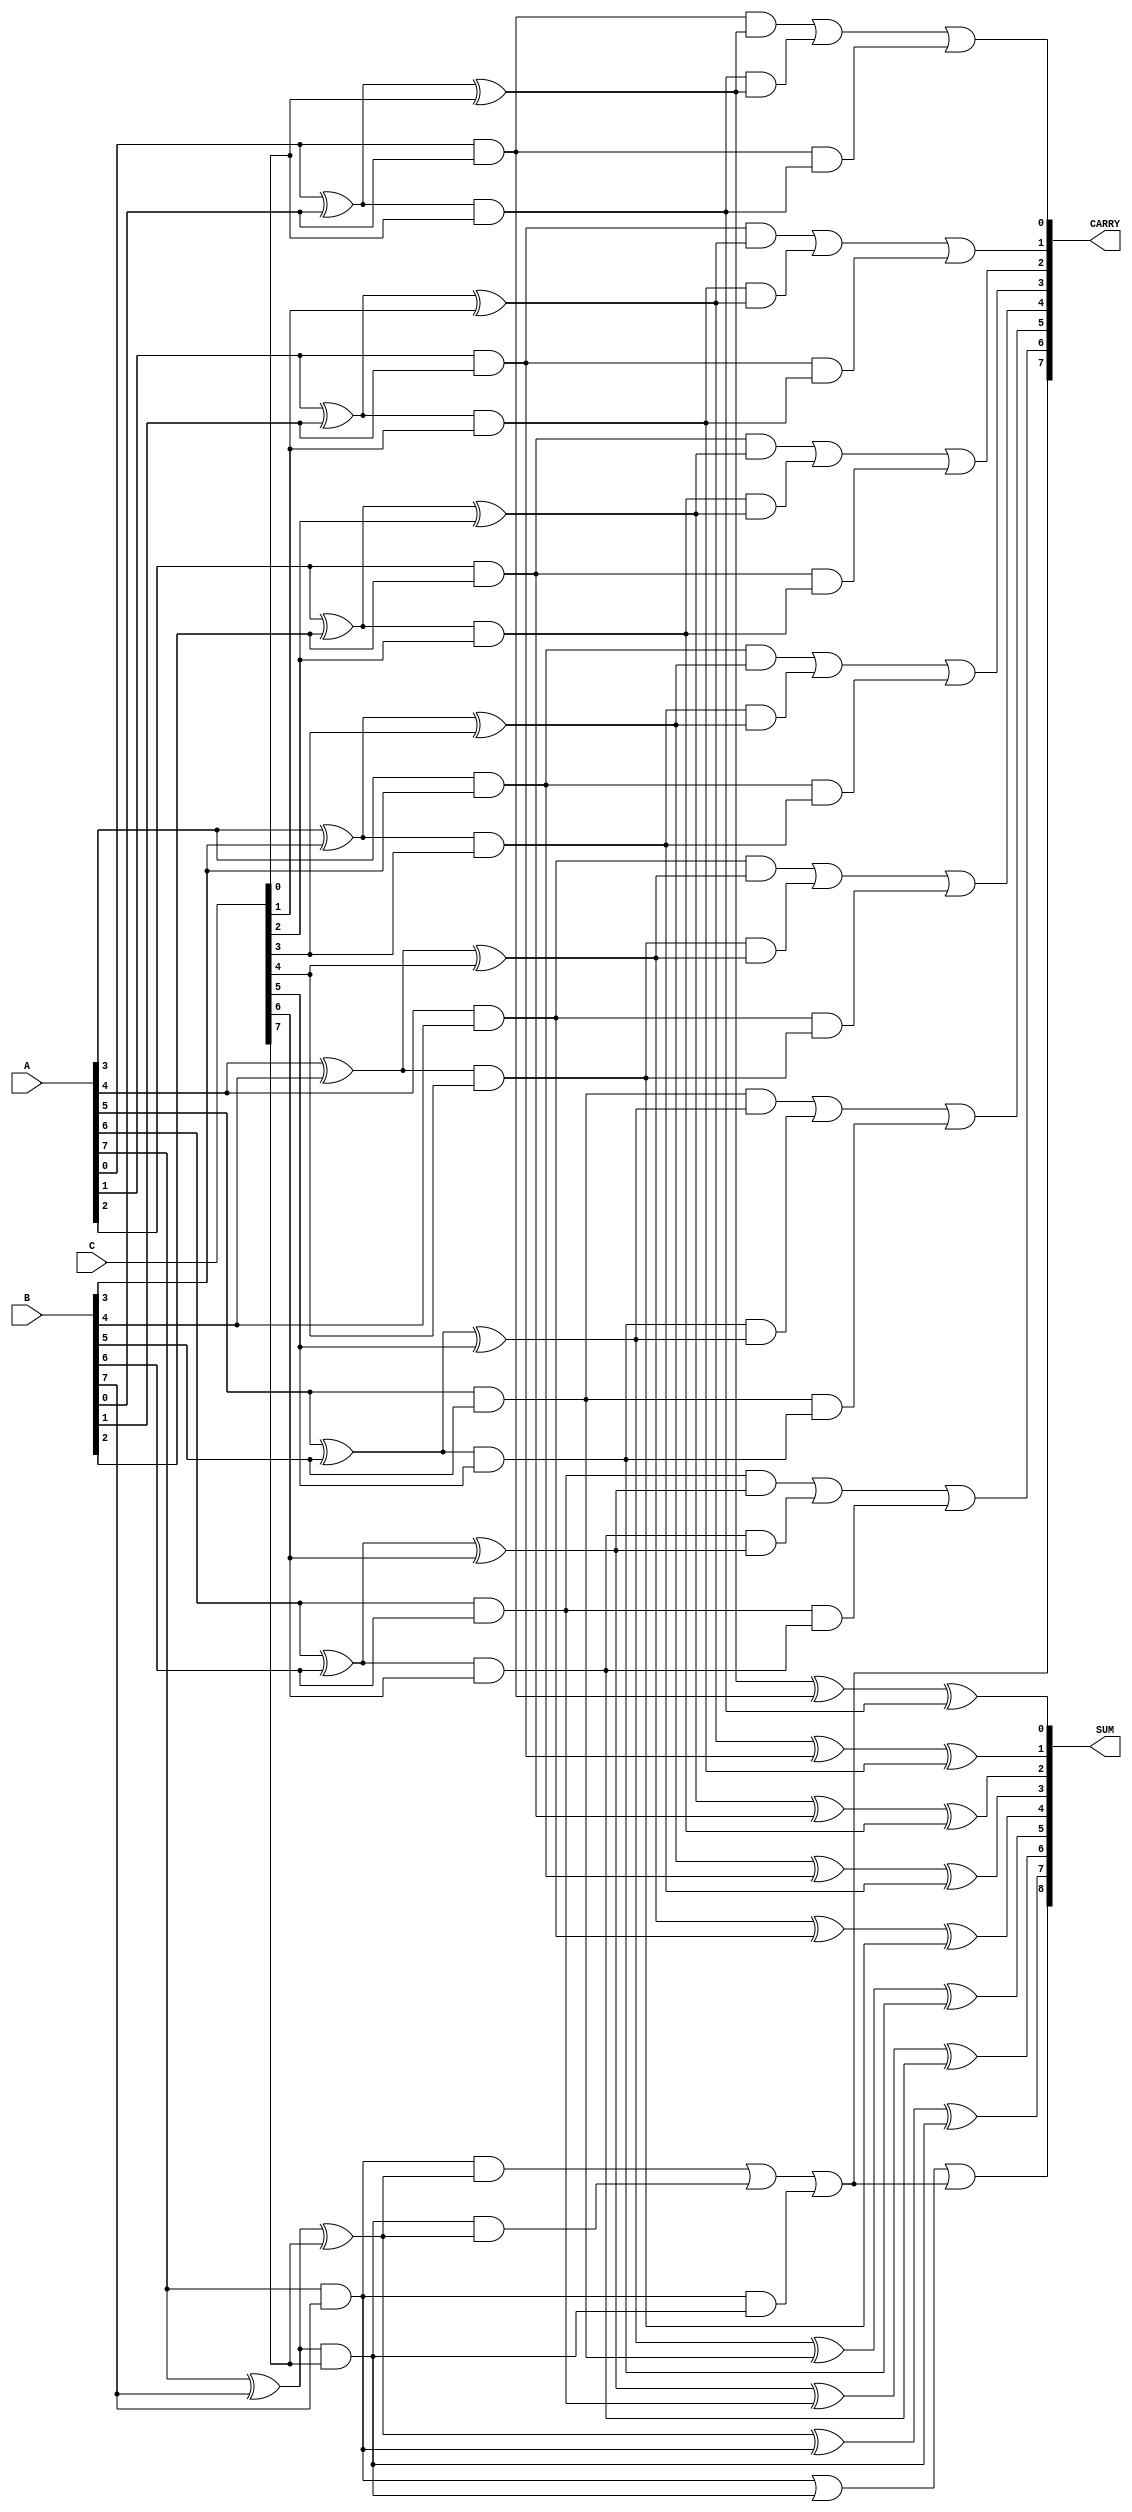
module carry_save_adder #(
    parameter WIDTH = 8 // Width of the input numbers
)(
    input  wire [WIDTH-1:0] A, // First input
    input  wire [WIDTH-1:0] B, // Second input
    input  wire [WIDTH-1:0] C, // Third input
    output wire [WIDTH:0] SUM,  // Final sum output (WIDTH+1 to accommodate carry)
    output wire [WIDTH:0] CARRY  // Final carry output
);

// Intermediate signals for partial sums and carries
wire [WIDTH-1:0] PS1, PS2, PS3; // Partial sums
wire [WIDTH-1:0] C1, C2, C3;     // Carries

// Generate partial sums and carries for the first stage
genvar i;
generate
    for (i = 0; i < WIDTH; i = i + 1) begin : CSA_stage1
        assign PS1[i] = A[i] ^ B[i]; // Partial Sum for A and B
        assign C1[i] = A[i] & B[i];   // Carry for A and B
    end
endgenerate

generate
    for (i = 0; i < WIDTH; i = i + 1) begin : CSA_stage2
        assign PS2[i] = PS1[i] ^ C[i]; // Partial Sum for PS1 and C
        assign C2[i] = PS1[i] & C[i];   // Carry for PS1 and C
    end
endgenerate

// Final stage: Combine all carries and sums
generate
    for (i = 0; i < WIDTH; i = i + 1) begin : CSA_final
        assign SUM[i] = PS2[i] ^ C1[i] ^ C2[i]; // Final Sum
        assign CARRY[i] = (C1[i] & PS2[i]) | (C2[i] & PS2[i]) | C1[i] & C2[i]; // Final Carry
    end
endgenerate

// Final carry out
assign SUM[WIDTH] = C1[WIDTH-1] | C2[WIDTH-1] | CARRY[WIDTH-1]; // Carry out for the final stage

endmodule